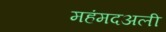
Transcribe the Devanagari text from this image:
महंमदअली